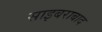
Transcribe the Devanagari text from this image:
साइबराबाद